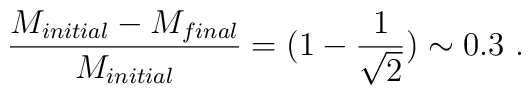
{M_{initial}- M_{final}\over  M_{initial}} = (1- {1\over \sqrt{2}} )  \sim0.3 \ .